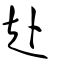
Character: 赴